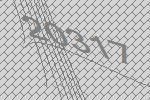
20317